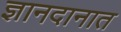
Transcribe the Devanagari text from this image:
ज्ञानदानात